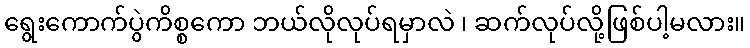
ရွေးကောက်ပွဲကိစ္စကော ဘယ်လိုလုပ်ရမှာလဲ ၊ ဆက်လုပ်လို့ဖြစ်ပါ့မလား။